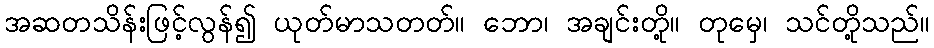
အဆတသိန်းဖြင့်လွန်၍ ယုတ်မာသတတ်။ ဘော၊ အချင်းတို့။ တုမှေ၊ သင်တို့သည်။